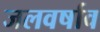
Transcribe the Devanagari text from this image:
जलवर्षाव